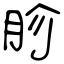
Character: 胗